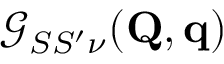
\mathcal { G } _ { S S ^ { \prime } \nu } ( \mathbf { Q } , \mathbf { q } )